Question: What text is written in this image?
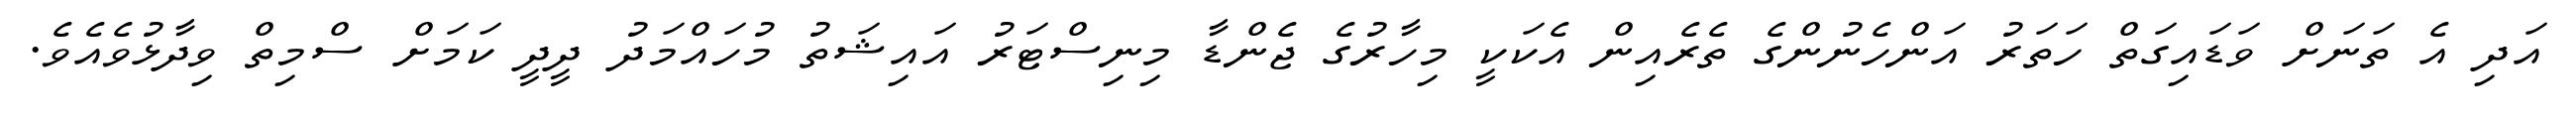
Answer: އަދި އެ ތަނަށް ވަޑައިގަތް ހަތަރު އަންހެނުންގެ ތެރެއިން އެކަކީ މިހާރުގެ ޖެންޑާ މިނިސްޓަރު އައިޝަތު މުހައްމަދު ދީދީ ކަމަށް ސްމިތް ވިދާޅުވެއެވެ.